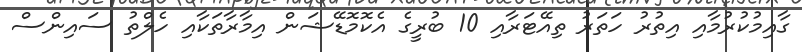
ގާއިމުކުރުމާއި އިތުރު ހަތަރު ތިއޭޓަރާއި 10 ބުރީގެ އެކޮމޮޑޭޝަން އިމާރާތަކާއި ހެލްތު ސައިންސް